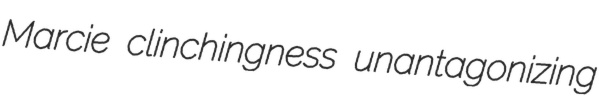
Marcie clinchingness unantagonizing